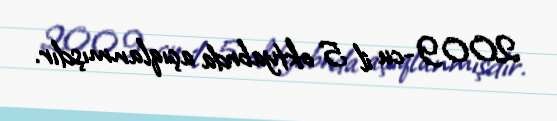
2009-cu il 5 oktyabrda açıqlanmışdır.